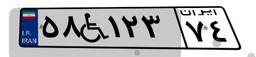
۰۳W۶۵۵۹۵